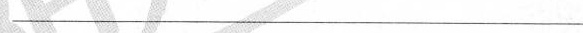
——————————————————————————————————